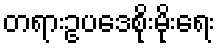
တရားဥပဒေစိုးမိုးရေး